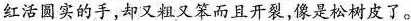
红活圆实的手，却又粗又笨而且开裂，像是松树皮了。